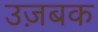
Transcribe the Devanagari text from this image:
उज़बक